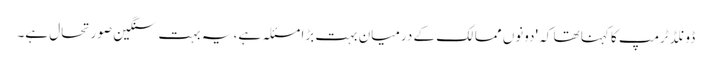
ڈونلڈ ٹرمپ کا کہنا تھا کہ 'دونوں ممالک کے درمیان بہت بڑا مسئلہ ہے، یہ بہت سنگین صورتحال ہے۔